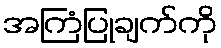
အကြံပြုချက်ကို